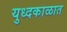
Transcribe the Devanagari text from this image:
युध्दकाळात